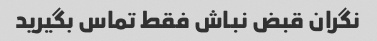
نگران قبض نباش فقط تماس بگیرید